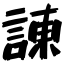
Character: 諌